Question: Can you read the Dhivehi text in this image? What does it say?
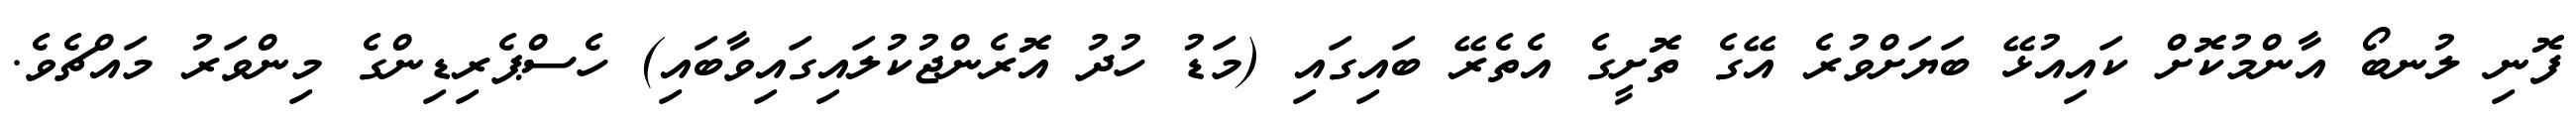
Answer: ފޮނި ލުނބޯ އާންމުކޮށް ކައިއުޅޭ ބަޔަށްވުރެ އޭގެ ތޮށީގެ އެތެރޭ ބައިގައި (މަޑު ހުދު އޮރެންޖުކުލައިގައިވާބައި) ހެސްޕެރިޑިންގެ މިންވަރު މައްޗެވެ.